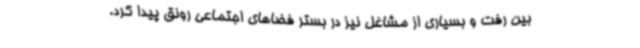
بین رفت و بسیاری از مشاغل نیز در بستر فضاهای اجتماعی رونق پیدا کرد.